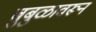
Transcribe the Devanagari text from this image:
बुबुळावरून